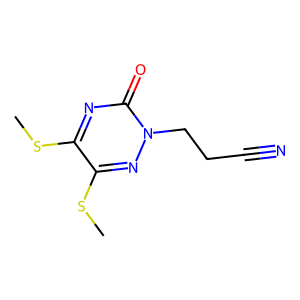
SMILES: CSc1nc(=O)n(CCC#N)nc1SC
Inhibits HIV replication: No